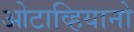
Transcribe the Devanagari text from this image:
ओटाव्हियानो